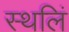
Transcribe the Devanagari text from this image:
स्थलिं